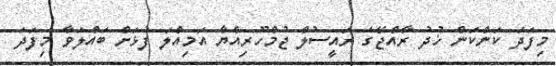
މިފަދަ ކަންކަން ޚުދު ރާއްޖޭގެ ރައީސުލް ޖުމްހޫރިއްޔާ އަމިއްލަ ފުޅަށް ބައްލަވާ މިފަދަ